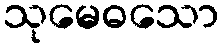
သုမေဓသော